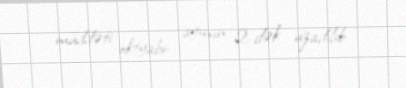
müddəti oktyabr ayının 2-dək uzadılıb.